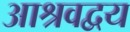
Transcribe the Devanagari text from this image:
आश्रवद्वय